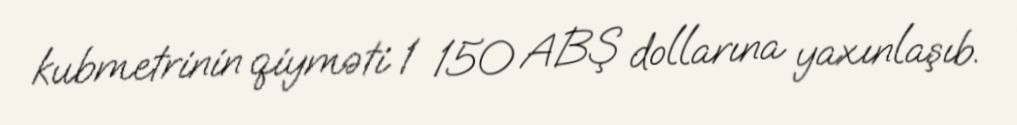
kubmetrinin qiyməti 1 150 ABŞ dollarına yaxınlaşıb.